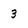
Character: 3